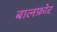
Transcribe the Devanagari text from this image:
बालफ़ोर